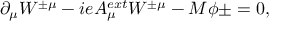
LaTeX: \partial _ { \mu } W ^ { \pm \mu } - i e A _ { \mu } ^ { e x t } W ^ { \pm \mu } - M \phi { \pm } = 0 ,